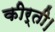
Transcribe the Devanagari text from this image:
कीर्ती।